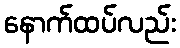
နောက်ထပ်လည်း